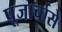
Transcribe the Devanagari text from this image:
पूजार्चासे